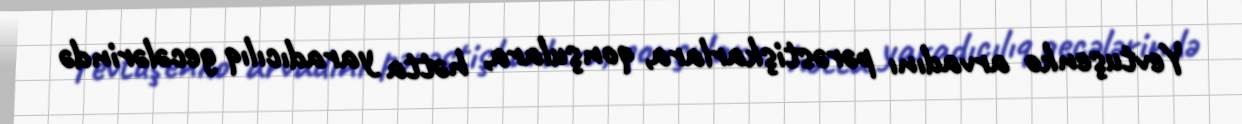
Yevtuşenko arvadını pərəstişkarlara, qonşulara, hətta yaradıcılıq gecələrində